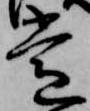
常